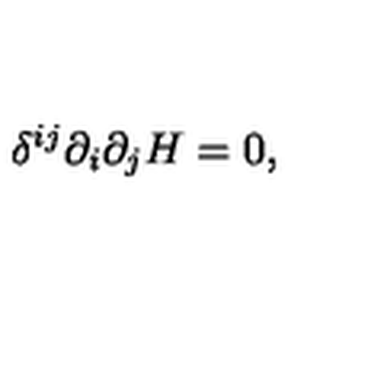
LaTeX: \delta ^ { i j } \partial _ { i } \partial _ { j } H = 0 ,